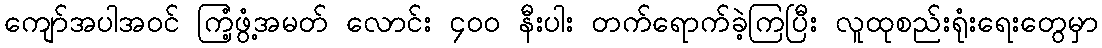
ကျော်အပါအဝင် ကြံ့ဖွံ့အမတ် လောင်း ၄၀၀ နီးပါး တက်ရောက်ခဲ့ကြပြီး လူထုစည်းရုံးရေးတွေမှာ